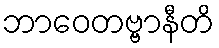
ဘာဝေတဗ္ဗာနီတိ